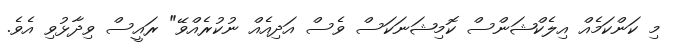
މި ކަންކަމެއް އިލެކްޝަންސް ކޮމިޝަނަކަސް ވެސް އަދިއެއް ނުކުރެއްވޭ" ރައީސް ވިދާޅުވި އެވެ.